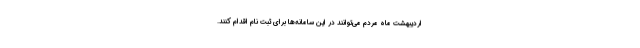
اردیبهشت ماه مردم می‌توانند در این سامانه‌ها برای ثبت نام اقدام کنند.